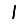
Digit: 1